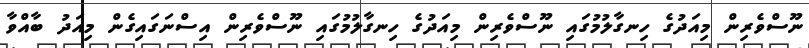
ނޫސްވެރިން މިއަދުގެ ހިނގާލުމުގައި ނޫސްވެރިން މިއަދުގެ ހިނގާލުމުގައި ނޫސްވެރިން އިސްނަގައިގެން މިއަދު ބާއްވާ